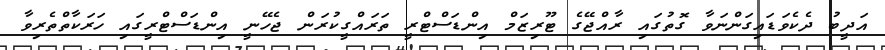
އަދީބު ދެކެވަޑައިގަންނަވާ ގޮތުގައި ރާއްޖޭގެ ޓޫރިޒަމް އިންޑަސްޓްރީ ތަރައްގީކުރަން ޖެހޭނީ އިންޑަސްޓްރީގައި ހަރަކާތްތެރިވާ